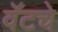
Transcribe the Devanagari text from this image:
वॅटचे